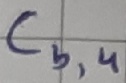
Text: Cb,4